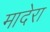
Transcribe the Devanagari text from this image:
मादेरा